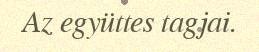
Az együttes tagjai.